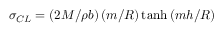
\sigma _ { C L } = \left( 2 M / \rho b \right) \left( m / R \right) \operatorname { t a n h } { \left( m h / R \right) }